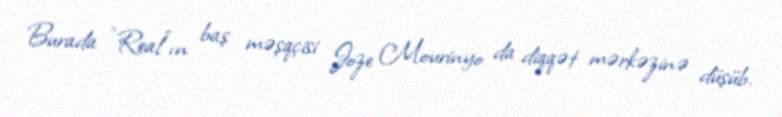
Burada “Real”ın baş məşqçisi Joze Mourinyo da diqqət mərkəzinə düşüb.